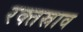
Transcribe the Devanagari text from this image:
रक्‍तस्राव